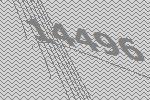
14496